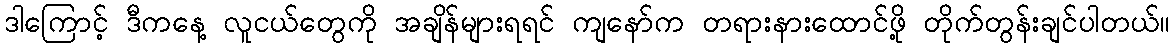
ဒါကြောင့် ဒီကနေ့ လူငယ်တွေကို အချိန်များရရင် ကျနော်က တရားနားထောင်ဖို့ တိုက်တွန်းချင်ပါတယ်။